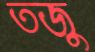
তজু